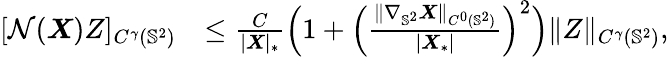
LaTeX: \begin{array}{rl}{[\mathcal{N}(\boldsymbol{X})Z]_{C^{\gamma}(\mathbb{S}^{2})}}&{\leq\frac{C}{|\boldsymbol{X}|_{*}}\Big(1+\Big(\frac{\| \nabla_{\mathbb{S}^{2}}\boldsymbol{X}\| _{C^{0}(\mathbb{S}^{2})}}{|\boldsymbol{X}_{*}|}\Big)^{2}\Big)\| Z\| _{C^{\gamma}(\mathbb{S}^{2})},}\end{array}